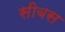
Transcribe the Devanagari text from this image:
सीबस